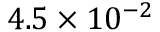
4 . 5 \times 1 0 ^ { - 2 }